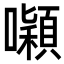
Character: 𭌒